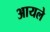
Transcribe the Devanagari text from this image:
आयले